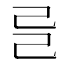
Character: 𢀵